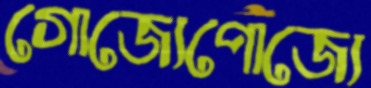
গোজ্যেপোজ্যে